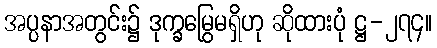
အပ္ပနာအတွင်း၌ ဒုက္ခမြွေမရှိဟု ဆိုထားပုံ ဋ္ဌ-၂၇၄။